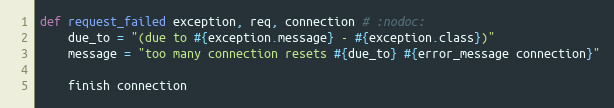
Language: Ruby
def request_failed exception, req, connection # :nodoc:
    due_to = "(due to #{exception.message} - #{exception.class})"
    message = "too many connection resets #{due_to} #{error_message connection}"

    finish connection